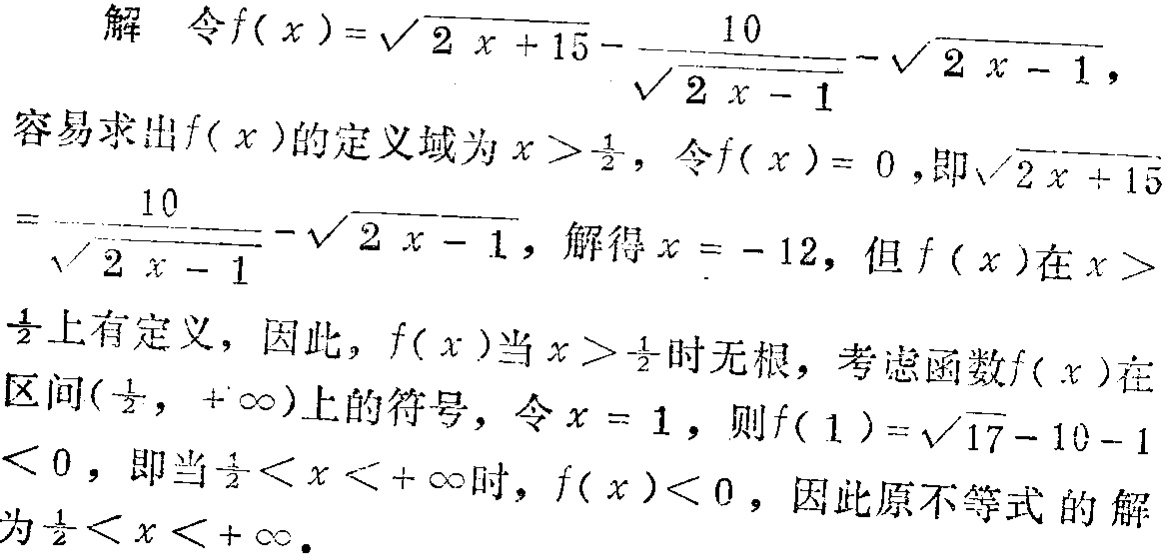
解 令\(f(x)=\sqrt{2x + 15}-\frac{10}{\sqrt{2x - 1}}-\sqrt{2x - 1}\)，
容易求出\(f(x)\)的定义域为\(x > \frac{1}{2}\)，令\(f(x)=0\)，即\(\sqrt{2x + 15}=\frac{10}{\sqrt{2x - 1}}-\sqrt{2x - 1}\)，解得\(x = - 12\)，但\(f(x)\)在\(x > \frac{1}{2}\)上有定义，因此，\(f(x)\)当\(x > \frac{1}{2}\)时无根，考虑函数\(f(x)\)在区间\((\frac{1}{2}, +\infty)\)上的符号，令\(x = 1\)，则\(f(1)=\sqrt{17}-10 - 1<0\)，即当\(\frac{1}{2}<x<+\infty\)时，\(f(x)<0\)，因此原不等式的解为\(\frac{1}{2}<x<+\infty\)。